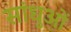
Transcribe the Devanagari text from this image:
सांधुओं